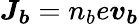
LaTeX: \boldsymbol{J_{b}}=n_{b}e\boldsymbol{v_{b}}